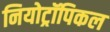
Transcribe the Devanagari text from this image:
नियोट्रॉपिकल